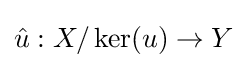
{\hat {u}}:X/\ker(u)\to Y